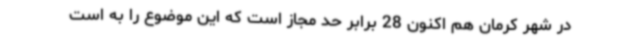
در شهر کرمان هم اکنون 28 برابر حد مجاز است که این موضوع را به است